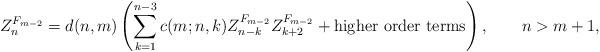
LaTeX: \begin{align*}{Z}_n^{F_{m-2}}=d(n,m)\left(\sum_{k=1}^{n-3}c(m;n,k){Z}^{F_{m-2}}_{n-k}{Z}^{F_{m-2}}_{k+2}+\hbox{higher order terms}\right),\qquad n> m+1,\end{align*}